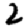
Digit: 2